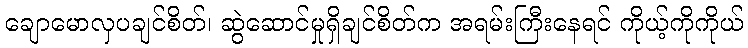
ချောမောလှပချင်စိတ်၊ ဆွဲဆောင်မှုရှိချင်စိတ်က အရမ်းကြီးနေရင် ကိုယ့်ကိုကိုယ်